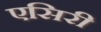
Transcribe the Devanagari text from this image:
एसिरी